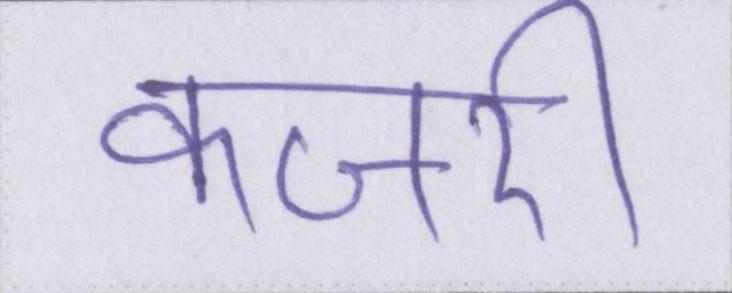
कजरी